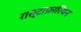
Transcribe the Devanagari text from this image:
रास्टाफ़ारियन